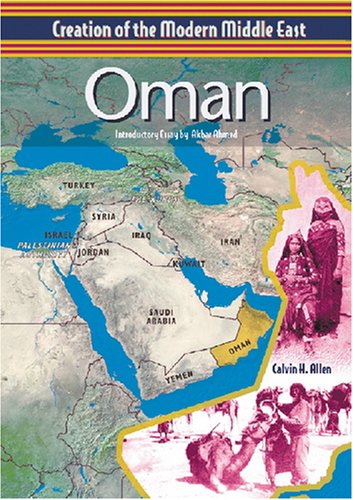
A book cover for Oman (Creation of the Modern Middle East); Calvin H. Allen; History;